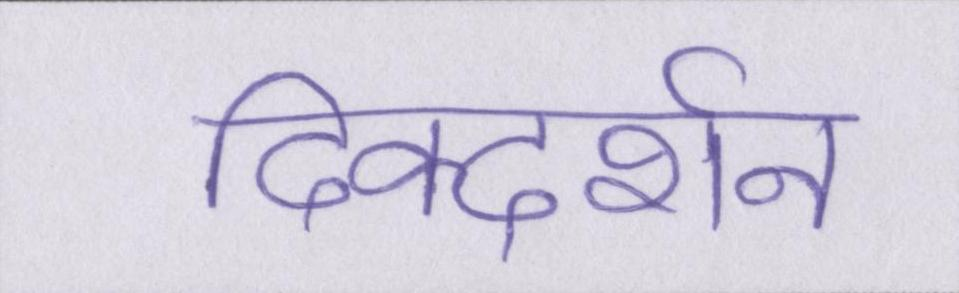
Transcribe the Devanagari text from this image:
दिक्दर्शन